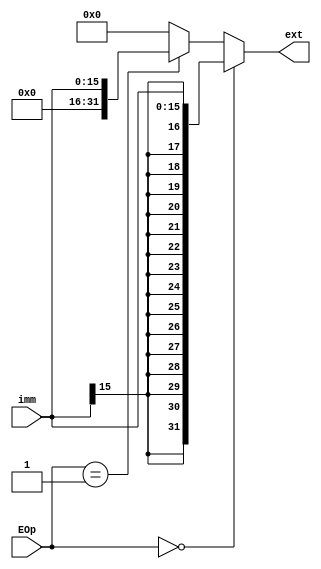
module ext(
	input [15:0] imm,
	input [1:0] EOp,
	output [31:0] ext
    );
	assign ext=(EOp==0)?{{16{imm[15]}},imm}:
				  (EOp==1)?{{16{0}},imm}:
				  (EOp==2)?{imm,{16{0}}}:{{14{imm[15]}},imm,{2{0}}};

endmodule